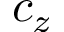
c _ { z }